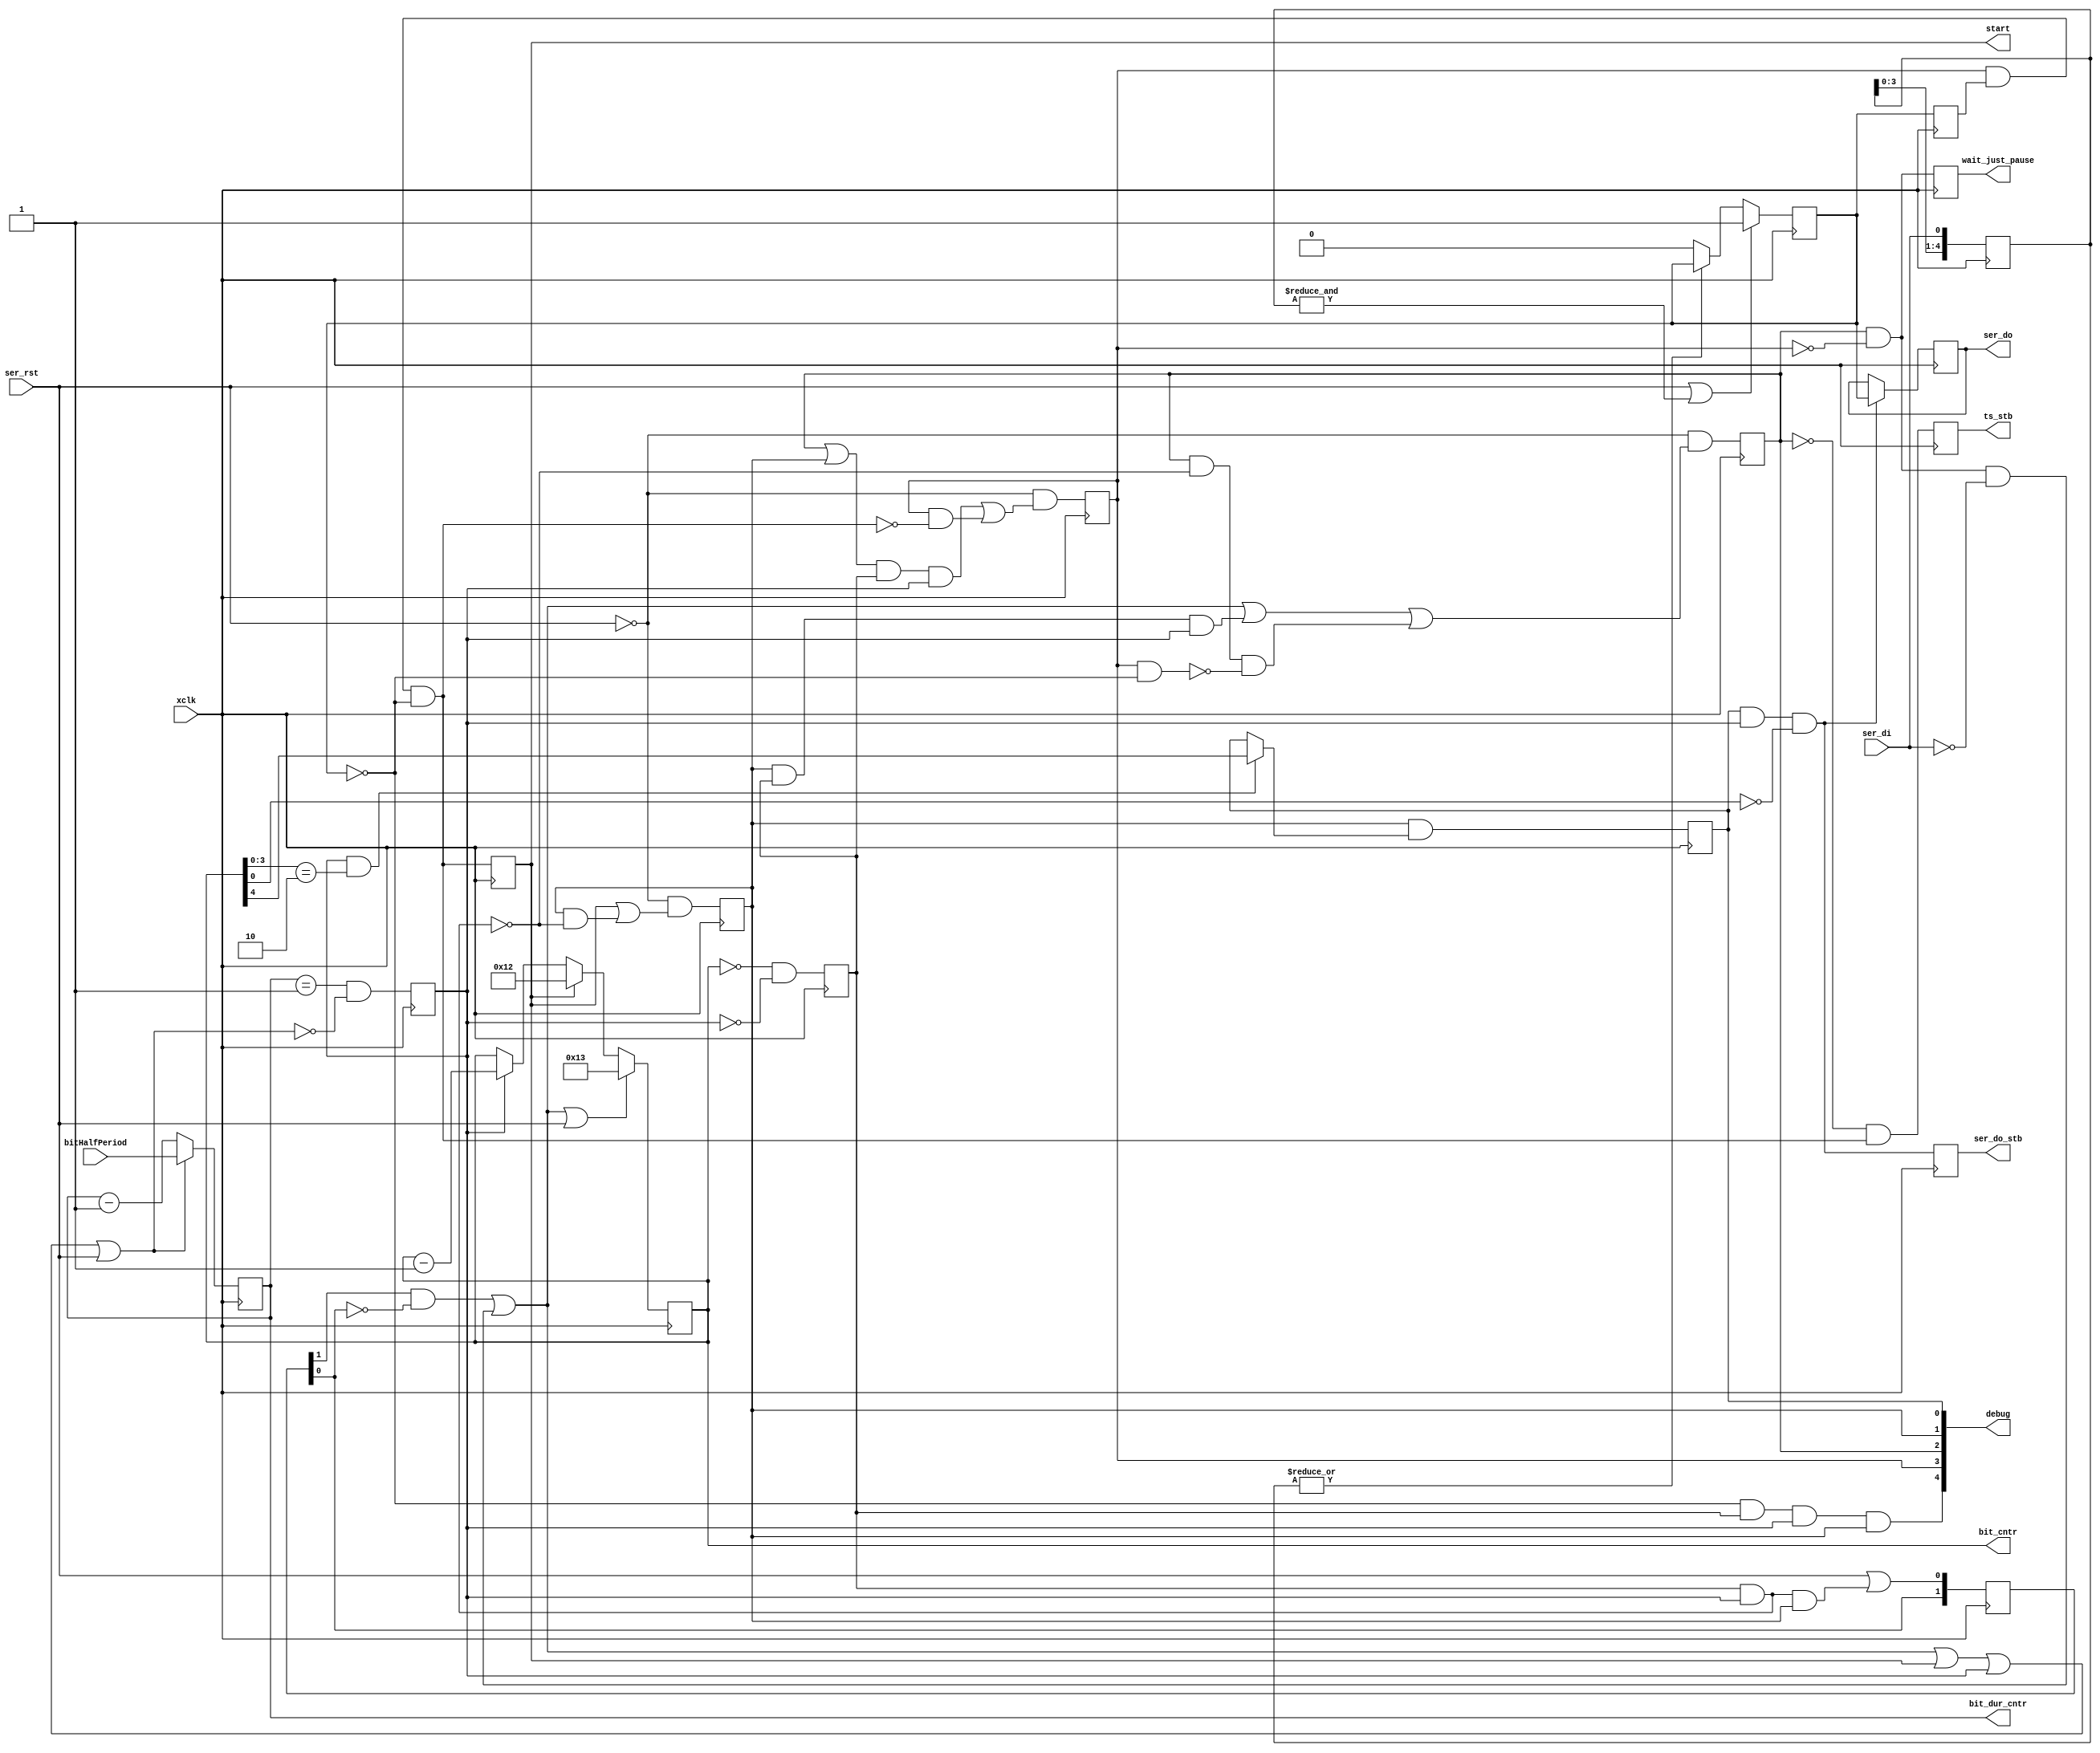
/*!
 * <b>Module:</b>rs232_rcv393
 * @file rs232_rcv393.v
 * @date 2015-07-06  
 * @author Andrey Filippov     
 *
 * @brief rs232 receiver
 *
 * @copyright Copyright (c) 2015 Elphel, Inc.
 *
 * <b>License:</b>
 *
 * rs232_rcv393.v is free software; you can redistribute it and/or modify
 * it under the terms of the GNU General Public License as published by
 * the Free Software Foundation, either version 3 of the License, or
 * (at your option) any later version.
 *
 *  rs232_rcv393.v is distributed in the hope that it will be useful,
 * but WITHOUT ANY WARRANTY; without even the implied warranty of
 * MERCHANTABILITY or FITNESS FOR A PARTICULAR PURPOSE.  See the
 * GNU General Public License for more details.
 *
 * You should have received a copy of the GNU General Public License
 * along with this program.  If not, see <http://www.gnu.org/licenses/> .
 *
 * Additional permission under GNU GPL version 3 section 7:
 * If you modify this Program, or any covered work, by linking or combining it
 * with independent modules provided by the FPGA vendor only (this permission
 * does not extend to any 3-rd party modules, "soft cores" or macros) under
 * different license terms solely for the purpose of generating binary "bitstream"
 * files and/or simulating the code, the copyright holders of this Program give
 * you the right to distribute the covered work without those independent modules
 * as long as the source code for them is available from the FPGA vendor free of
 * charge, and there is no dependence on any encrypted modules for simulating of
 * the combined code. This permission applies to you if the distributed code
 * contains all the components and scripts required to completely simulate it
 * with at least one of the Free Software programs.
 */
`timescale 1ns/1ps

module  rs232_rcv393(
    input                         xclk,    // half frequency (80 MHz nominal)
    input                  [15:0] bitHalfPeriod,  // half of the serial bit duration, in xclk cycles
    input                         ser_di,         // rs232 (ttl) serial data in
    input                         ser_rst,        // reset (force re-sync)
    output                        ts_stb,         // strobe timestamp (start of message) (reset bit counters in nmea decoder)
    output reg                    wait_just_pause,// may be used as reset for decoder
    output                        start,          // serial character start (single pulse)
    output reg                    ser_do,         // serial data out(@posedge xclk) LSB first!
    output reg                    ser_do_stb,     // output data strobe (@posedge xclk), first cycle after ser_do becomes valid
    // Next outputs are just fro debugging
    output                  [4:0] debug,          // {was_ts_stb, was_start, was_error, was_ser_di_1, was_ser_di_0} - once after reset
    output                 [15:0] bit_dur_cntr,
    output                  [4:0] bit_cntr);
    
    reg     [4:0] ser_di_d;
    reg           ser_filt_di;
    reg           ser_filt_di_d;
    reg           bit_half_end; // last cycle in half-bit
    reg           last_half_bit;
    reg           wait_pause;   // waiting input to stay at 1 for 10 cycles
    reg           wait_start;   // (or use in_sync - set it after wait_pause is over?
    reg           receiving_byte;
    reg           start_r;
    reg    [15:0] bit_dur_cntr_r; // bit duration counter (half bit duration)
    reg     [4:0] bit_cntr_r;     // counts half-bit intervals
    wire          error;          // low level during stop slot
    reg     [1:0] restart;
    wire          reset_wait_pause;
    reg           ts_stb_r;
    reg           shift_en;
  
    wire          sample_bit;
    wire          reset_bit_duration;
    wire          wstart;
//  reg     [4:0] debug0;          // {was_ts_stb, was_start, was_error, was_ser_di_1, was_ser_di_0} - once after reset
    assign reset_wait_pause =   (restart[1] && !restart[0]) || (wait_pause && !wait_start && !ser_di);
    assign error =              !ser_filt_di && last_half_bit && bit_half_end && receiving_byte;
    assign sample_bit =         shift_en && bit_half_end && !bit_cntr[0];
    assign reset_bit_duration = reset_wait_pause || start || bit_half_end || ser_rst;
  
    assign wstart =             wait_start && ser_filt_di_d && !ser_filt_di;
  
//  assign debug[4:0] =         {1'b0,wait_start,wait_pause,receiving_byte,shift_en};
    assign debug[4:0] =         {error, wait_start, wait_pause, receiving_byte, shift_en};
  
    assign bit_dur_cntr =       bit_dur_cntr_r; // bit duration counter (half bit duration)
    assign bit_cntr =           bit_cntr_r;        // counts half-bit intervals
    assign start =              start_r;
    assign ts_stb =             ts_stb_r;
  
    always @ (posedge xclk) begin
        ser_di_d[4:0] <= {ser_di_d[3:0],ser_di};

        if (ser_rst || &ser_di_d[4:0]) ser_filt_di <= 1'b1;
        else if      (~|ser_di_d[4:0]) ser_filt_di <= 1'b0;
    
        ser_filt_di_d <= ser_filt_di;
        
        restart[1:0] <= {restart[0],(ser_rst || (last_half_bit && bit_half_end && receiving_byte))};
        wait_pause <= !ser_rst && (reset_wait_pause ||
                                   (receiving_byte && last_half_bit && bit_half_end ) ||
                                   (wait_pause && !(last_half_bit && bit_half_end) && !(wait_start && !ser_filt_di)));
        start_r                 <= wstart;
        ts_stb_r <= !wait_pause && wstart; // only first start after pause
        bit_half_end <=(bit_dur_cntr_r[15:0]==16'h1) && !reset_bit_duration;
        
        wait_start <= !ser_rst && ((wait_pause || receiving_byte) && last_half_bit && bit_half_end  || (wait_start && !wstart));
        receiving_byte <= !ser_rst && (start_r || (receiving_byte && !(last_half_bit && bit_half_end)));
        wait_just_pause <=wait_pause && !wait_start;
        
        
        if (reset_bit_duration) bit_dur_cntr_r[15:0] <= bitHalfPeriod[15:0];
        else                    bit_dur_cntr_r[15:0] <= bit_dur_cntr_r[15:0] - 1;
        
        if (reset_wait_pause || ser_rst)  bit_cntr_r[4:0] <= 5'h13;
        else if (start_r)                    bit_cntr_r[4:0] <= 5'h12;
        else if (bit_half_end)             bit_cntr_r[4:0] <= bit_cntr_r[4:0] - 1;
    
        last_half_bit <= ((bit_cntr_r[4:0] == 5'h0) && !bit_half_end); 
        shift_en <= receiving_byte &&  ((bit_half_end && ( bit_cntr_r[3:0]==4'h2))? bit_cntr_r[4]:shift_en);
       
        if (sample_bit) ser_do <= ser_filt_di;
        ser_do_stb <= sample_bit; 
        
    //    if (ser_rst) debug0[4:0] <=5'b0;
    //    else debug0[4:0] <= debug | {ts_stb_r,start_r,error,ser_di_d[0],~ser_di_d[0]};
    end
endmodule